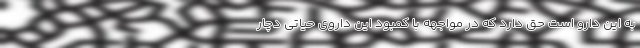
به این دارو است حق دارد که در مواجهه با کمبود این داروی حیاتی دچار